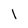
Character: 1